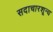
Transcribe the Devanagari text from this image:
सदाचारशून्य